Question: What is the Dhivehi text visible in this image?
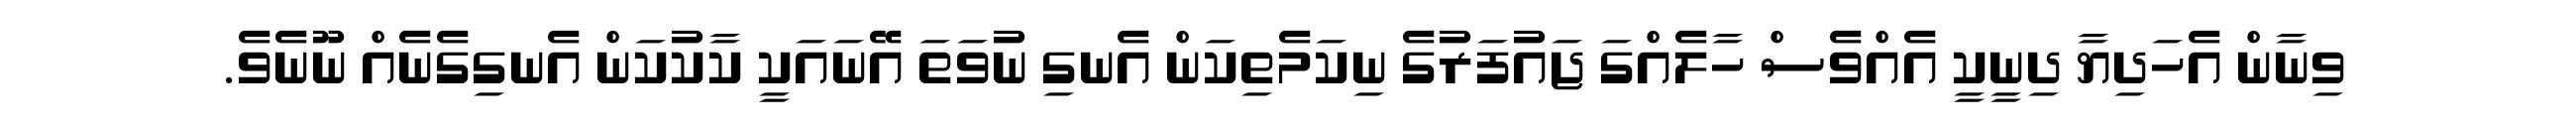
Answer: ވިނާން އެހަދިޔާ ދިނީކީ އެއްވެސް ހާލެއްގަ ޖައުފަރުގެ ނިކަމެތިކަން އެނގި ނުވަތަ އޭނައަކީ ކާކުކަން އެނގިގެނެއް ނޫނެވެ.